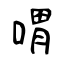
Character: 喟